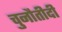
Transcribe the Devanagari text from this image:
चुनौतीदी